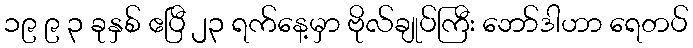
၁၉ ၉ ၃ ခုနှစ် ဧပြီ ၂၃ ရက်နေ့မှာ ဗိုလ်ချုပ်ကြီး ဘော်ဒါဟာ ရေတပ်